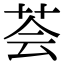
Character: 荟